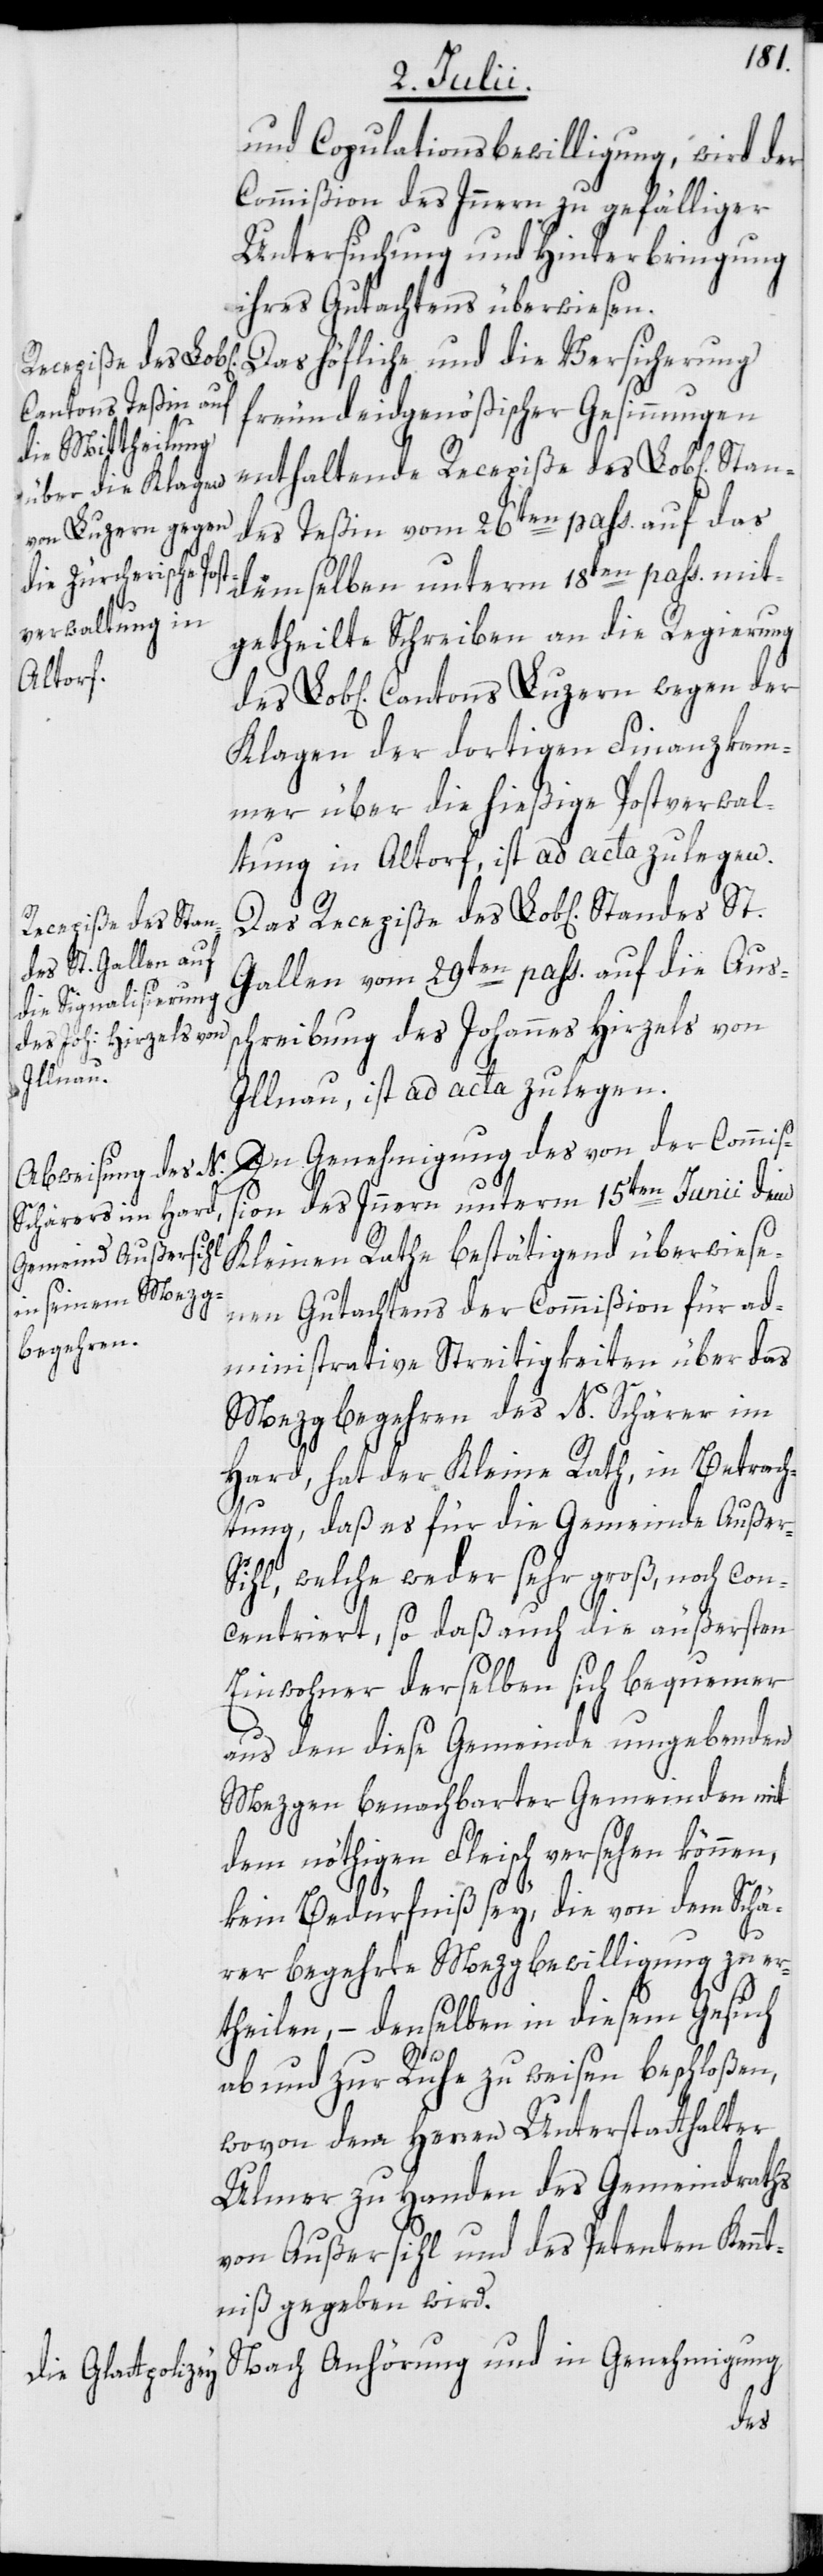
Recepiße des Lob[l¬
tons Luzern wegen
Stan¬

und Copulationsbewilligung, wird der
Commißion des Innern zu gefälliger
Untersuchung und Hinterbringung
ihres Gutachtens überwiesen.
Das höfliche und die Versicherung
freundeidgenößischer Gesinnungen
enthaltende Recepiße des Lob[lichen]
des Teßin vom 26ten pass. auf das
demselben unterm 18ten pass. mit¬
getheilte Schreiben an die Regierung
Klagen der dortigen Finanzkam¬
mer über die hießige Postverwal¬
tung in Altorf, ist ad acta zu legen.
Gallen vom 29ten pass. auf die Aus¬
schreibung des Johannes Hirzels von
Illnau, ist ad acta zu legen.
In Genehmigung des von der Commiß¬
ion des Innern unterm 15ten Junii dem
Kleinen Rathe bestätigend überwiese¬
nen Gutachtens der Commißion für ad¬
ministrative Streitigkeiten über das
Mezgbegehren des N. Schärer im
Hard, hat der Kleine Rath, in Betrach¬
tung, daß es für die Gemeinde Auße¬
r-Sihl, welche weder sehr groß, noch con¬
centriert, so daß auch die äußersten
Einwohner derselben sich bequemer
aus den diese Gemeinde umgebenden
Mezgen benachbarter Gemeinden mit
dem nöthigen Fleisch versehen können,
kein Bedürfniß sey, die von dem Schä¬
rer begehrte Mezgbewilligung zu er¬
theilen, – denselben in diesem Gesuch
St.
ab- und zur Ruhe zu weisen beschloßen,
wovon dem Herren Unterstatthalter
Ulmer zu Handen des Gemeindraths
von Außersihl und des Petenten Kennt¬
niß gegeben wird.
Nach Anhörung und in Genehmigung
des